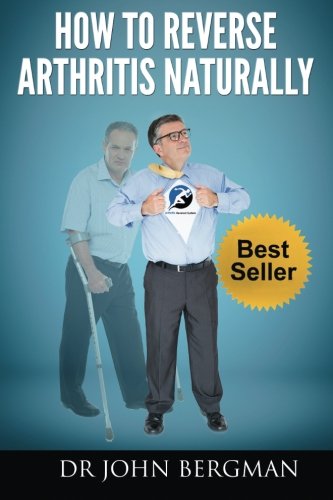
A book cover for How to Reverse Arthritis Naturally; Dr John Bergman; Medical Books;